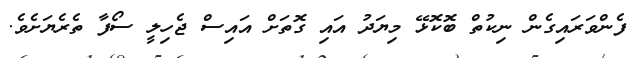
ފެންވަރައިގެން ނިކުތް ބޮކޮޅޭ މިޔަދު އައި ގޮތަށް އައިސް ޖެހިލީ ސޯފާ ތެރެޔަށެވެ.